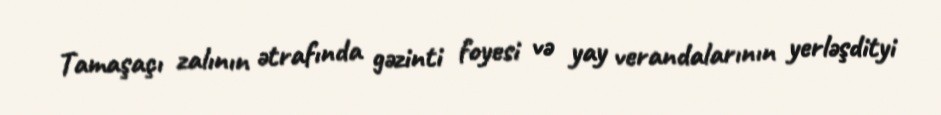
Tamaşaçı zalının ətrafında gəzinti foyesi və yay verandalarının yerləşdityi